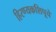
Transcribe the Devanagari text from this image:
हिरण्यकशिपूचे